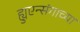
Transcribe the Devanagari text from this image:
ह्युएन्संगाच्या